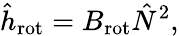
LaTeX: \hat{h}_{\mathrm{rot}}=B_{\mathrm{rot}}\hat{N}^{2},